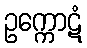
ဥက္ကောဋံ